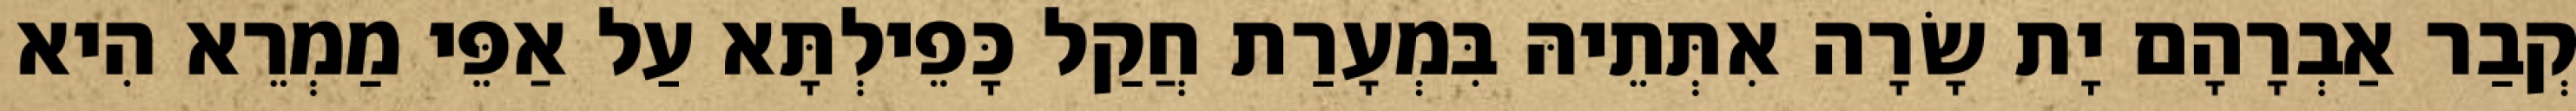
קְבַר אַבְרָהָם יָת שָׂרָה אִתְּתֵיהּ בִּמְעָרַת חֲקַל כָּפֵילְתָּא עַל אַפֵּי מַמְרֵא הִיא